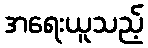
အရေးယူသည့်